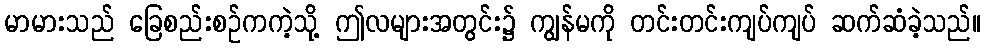
မာမားသည် ခြေစည်းစဉ်ကကဲ့သို့ ဤလများအတွင်း၌ ကျွန်မကို တင်းတင်းကျပ်ကျပ် ဆက်ဆံခဲ့သည်။